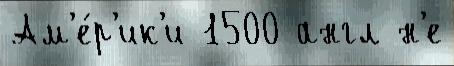
Ам'е́р'ик'и 1500 англ н'е